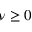
\nu \geq 0